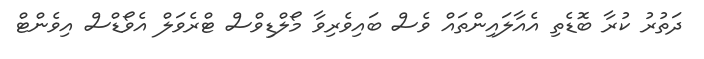
ދަތުރު ކުރާ ބޮޑެތި އެއާލައިންތައް ވެސް ބައިވެރިވާ މޯލްޑިވްސް ޓްރެވަލް އެވޯޑްސް އިވެންޓް